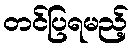
တင်ပြရမည့်